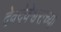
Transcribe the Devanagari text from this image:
देवदेवेश्वराच्या